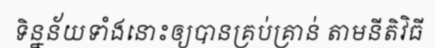
ទិន្នន័យទាំងនោះឲ្យបានគ្រប់គ្រាន់ តាមនីតិវិធី